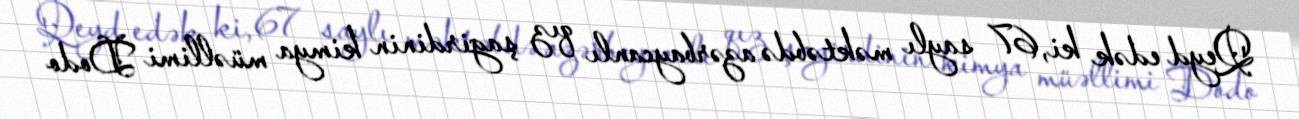
Qeyd edək ki, 67 saylı məktəbdə azərbaycanlı qız şagirdinin kimya müəllimi Dodo